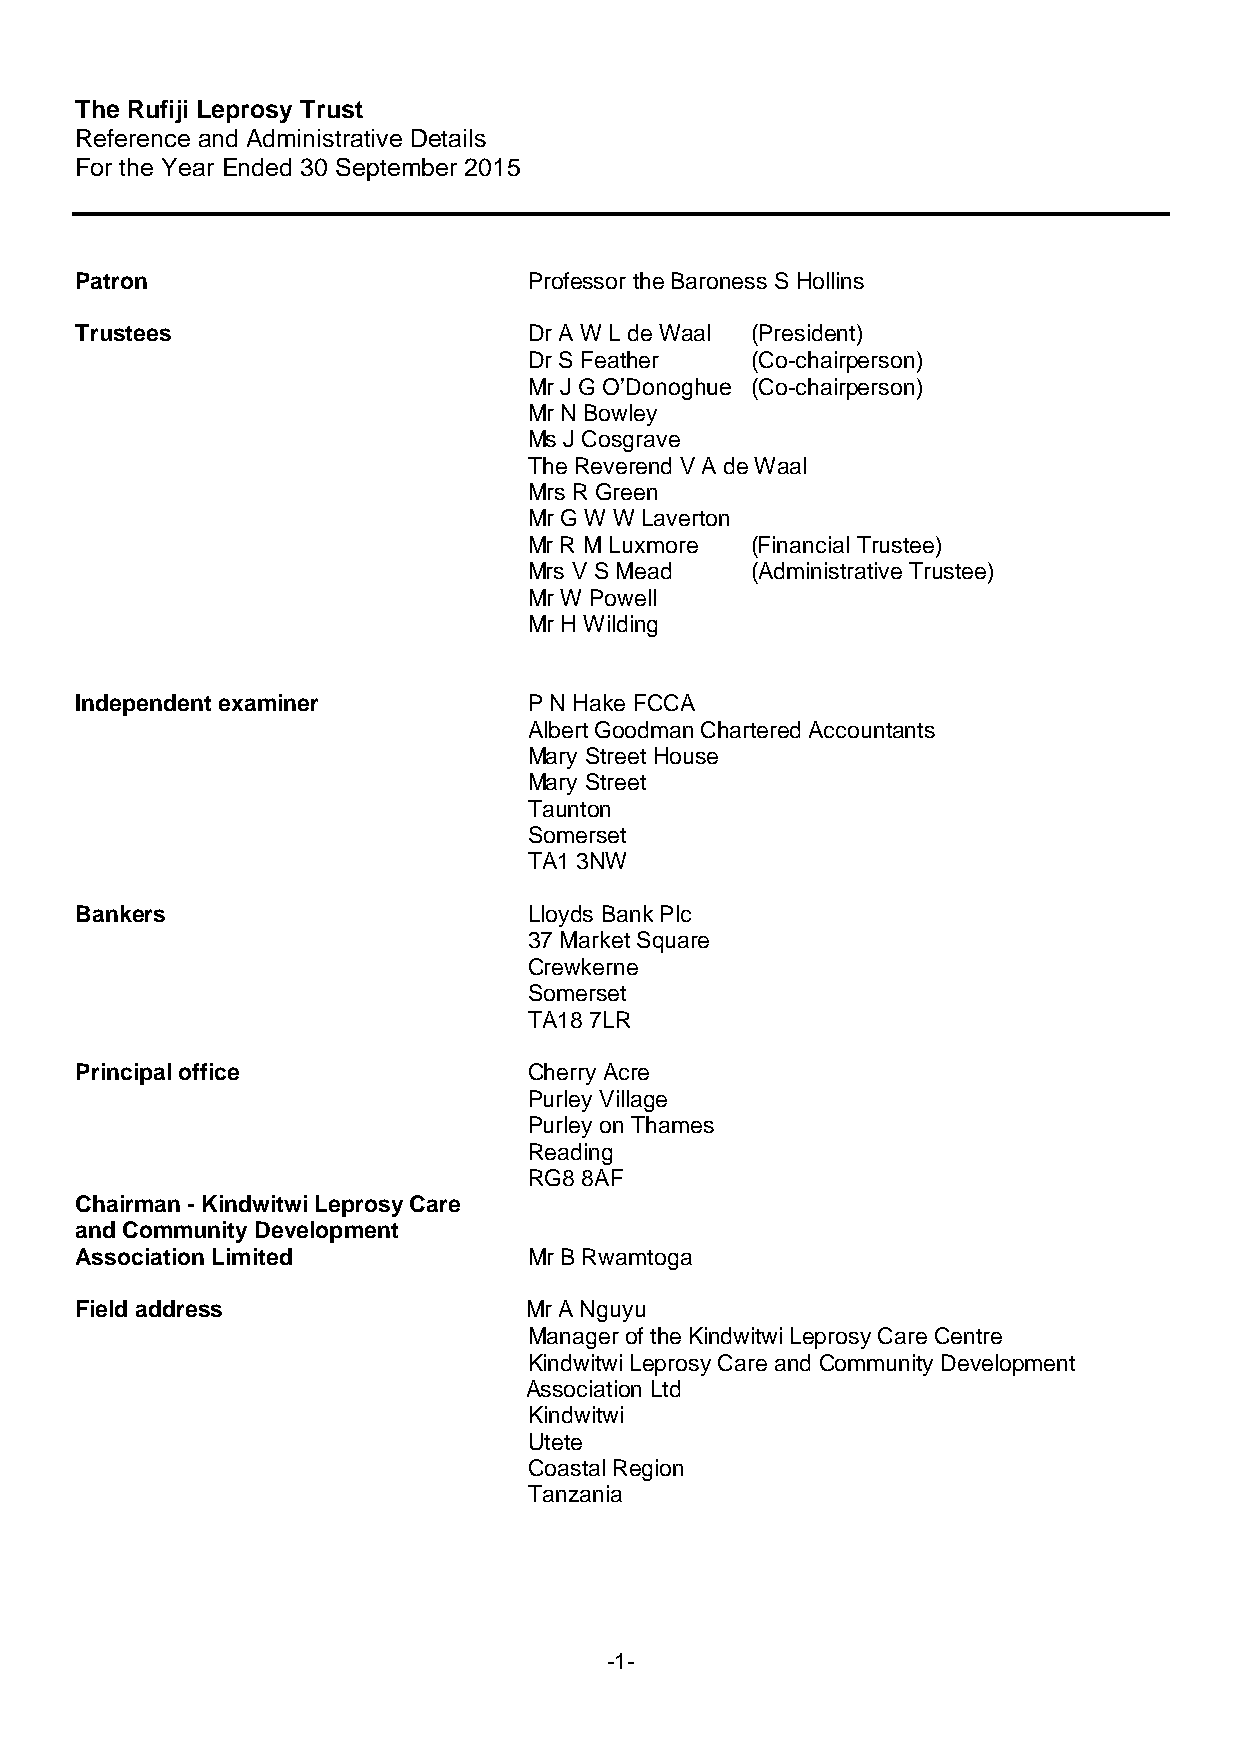
The Rufiji Leprosy Trust
 Reference and Administrative Details
 For the Year Ended 30 September 2015
 Patron                        Professor the Baroness S Hollins
 Trustees                      Dr A W L de Waal (President)
 Dr S Feather   (Co-chairperson)
 Mr J G O’Donoghue (Co-chairperson)
 Mr N Bowley
 Ms J Cosgrave
 The Reverend V A de Waal
 Mrs R Green
 Mr G W W Laverton
 Mr R M Luxmore (Financial Trustee)
 Mrs V S Mead   (Administrative Trustee)
 Mr W Powell
 Mr H Wilding
 Independent examiner          P N Hake FCCA
 Albert Goodman Chartered Accountants
 Mary Street House
 Mary Street
 Taunton
 Somerset
 TA1 3NW
 Bankers                       Lloyds Bank Plc
 37 Market Square
 Crewkerne
 Somerset
 TA18 7LR
 Principal office              Cherry Acre
 Purley Village
 Purley on Thames
 Reading
 RG8 8AF
 Chairman - Kindwitwi Leprosy Care
 and Community Development
 Association Limited           Mr B Rwamtoga
 Field address                 Mr A Nguyu
 Manager of the Kindwitwi Leprosy Care Centre
 Kindwitwi Leprosy Care and Community Development
 Association Ltd
 Kindwitwi
 Utete
 Coastal Region
 Tanzania
 -1-